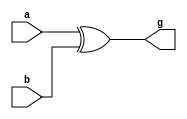
module xor_function (a, b, g);
	input [15:0] a, b;
	output [15:0] g;
	
	assign g = a ^ b;

endmodule